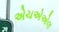
એચએએલ